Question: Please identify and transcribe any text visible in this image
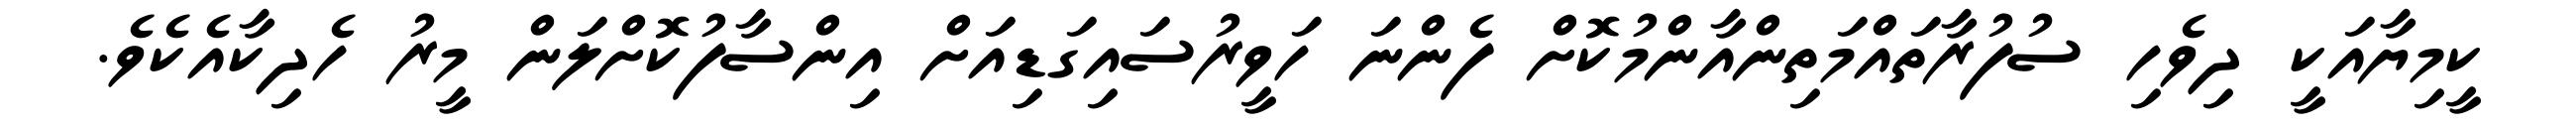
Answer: ކީމިޔާއަކީ ދިވެހި ސުފުރާތައްމަތިންއާންމުކޮށް ފެންނަ ހަވީރުސައިގަޑިއަށް އިންސާފުކޮށްލަން މީރު ހެދިކާއެކެވެ.